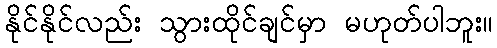
နိုင်နိုင်လည်း သွားထိုင်ချင်မှာ မဟုတ်ပါဘူး။